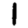
Digit: 1